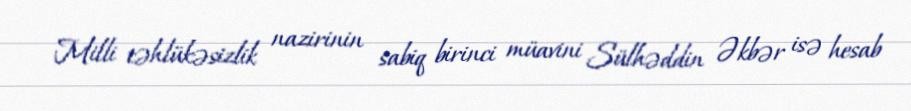
Milli təhlükəsizlik nazirinin sabiq birinci müavini Sülhəddin Əkbər isə hesab